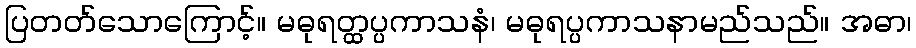
ပြတတ်သောကြောင့်။ မဓုရတ္ထပ္ပကာသနံ၊ မဓုရပ္ပကာသနာမည်သည်။ အဓာ၊